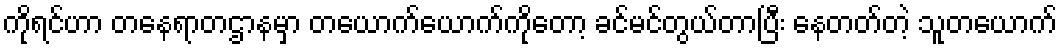
ကိုရင်ဟာ တနေရာတဌာနမှာ တယောက်ယောက်ကိုတော့ ခင်မင်တွယ်တာပြီး နေတတ်တဲ့ သူတယောက်